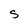
Character: S